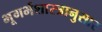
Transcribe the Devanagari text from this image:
भूगर्भशास्त्रानुसार